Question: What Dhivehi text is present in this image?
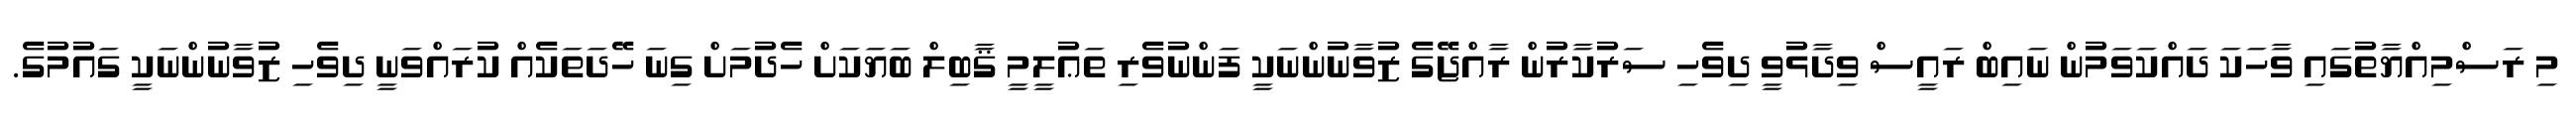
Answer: މި ރަސްމިއްޔާތުގައި ވާހަކަ ދައްކަވަމުން ނައިބް ރައީސް ވިދާޅުވީ ދިވެހި ސަރުކާރުން ރާއްޖޭގެ ޒުވާނުންނަކީ ފަންނުވެރި ތަޢުލީމީ ޤާބިލް ބަޔަކަށް ހެދުމަށް ގިނަ ހޭދަތަކެއް ކުރައްވަނީ ދިވެހި ޒުވާނުންނަކީ ގައުމުގެ.